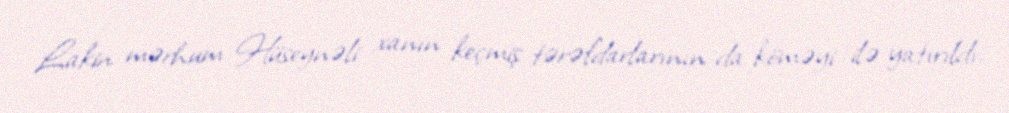
Lakin mərhum Hüseynəli xanın keçmiş tərəfdarlarının da köməyi ilə yatırıldı.